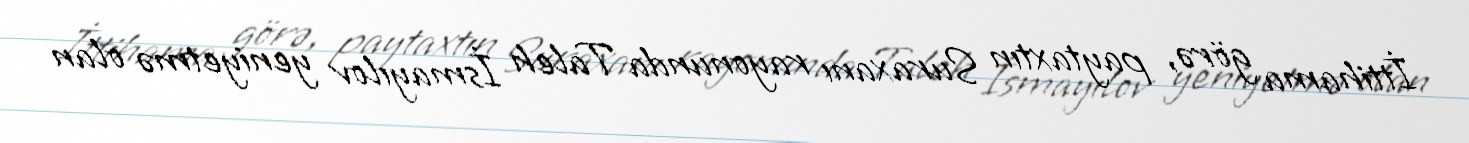
İttihama görə, paytaxtın Suraxanı rayonunda Taleh İsmayılov yeniyetmə olan